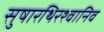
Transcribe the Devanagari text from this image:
सुषारथिरश्वानिव